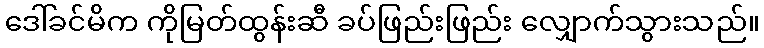
ဒေါ်ခင်မိက ကိုမြတ်ထွန်းဆီ ခပ်ဖြည်းဖြည်း လျှောက်သွားသည်။